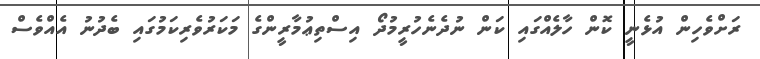
ރަށްވެހިން އުޅެނީ ކޮން ހާލެއްގައި ކަން ނުދެނެހުރީމުދޯ އިސްތިޢުމާރީންގެ މަކަރުވެރިކަމުގައި ބެދުނު އެއްވެސް